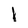
Character: l